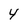
Character: 4